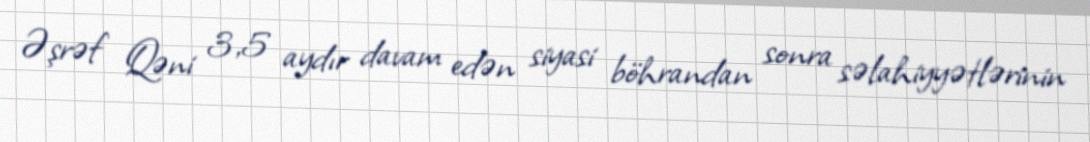
Əşrəf Qəni 3,5 aydır davam edən siyasi böhrandan sonra səlahiyyətlərinin